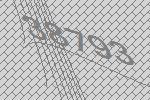
38793